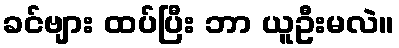
ခင်ဗျား ထပ်ပြီး ဘာ ယူဦးမလဲ။